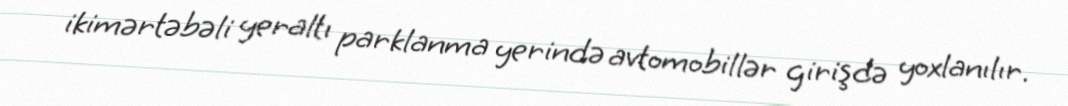
ikimərtəbəli yeraltı parklanma yerində avtomobillər girişdə yoxlanılır.